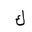
Letter: _kaf